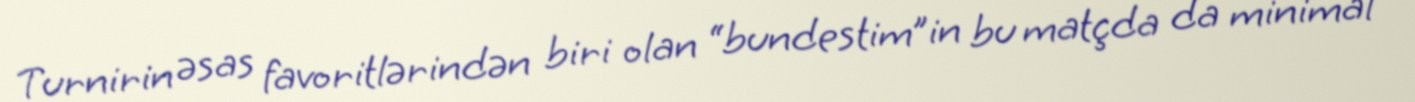
Turnirin əsas favoritlərindən biri olan “bundestim”in bu matçda da minimal